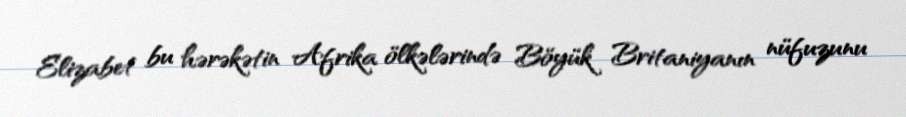
Elizabet bu hərəkətin Afrika ölkələrində Böyük Britaniyanın nüfuzunu